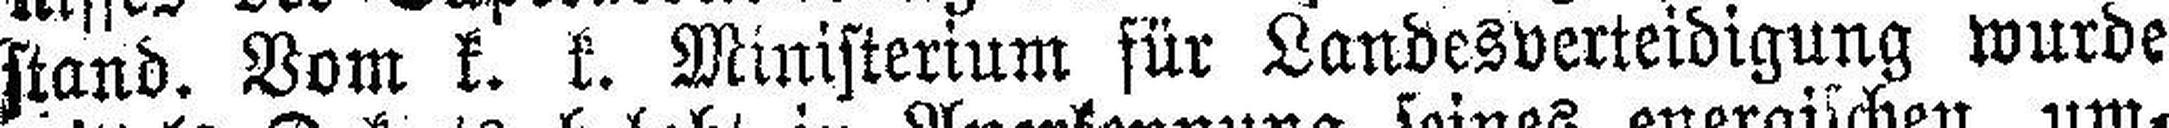
stand. Vom k. k. Ministerium für Landesverteidigung wurde